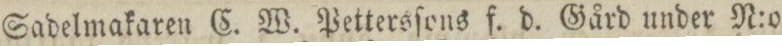
Sadelmakaren C. W. Pettersſons f. d. Gård under N:o